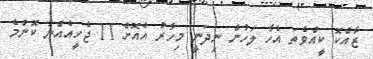
ޒާއްކޮ ކީއްވެތަ އެހާ ލަހުން ނިދަނީ މިހާރު އެއޮށް 11 ޖެހީއެއްނު ކޮންމެ